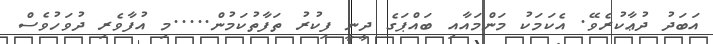
އަބަދު ދުޢާކުރެވޭ. އެކަމަކު މަންމައާއި ބައްޕަގެ ދީނީ ފިކުރު ތަފާތުކަމުން.....މި އުފާވެރި ދުވަހުވެސް